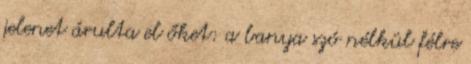
jelenet árulta el őket: a banya szó nélkül félre